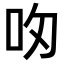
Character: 𪠴